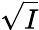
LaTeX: \sqrt{I}